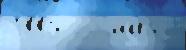
1880 о ма́я